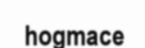
hogmace